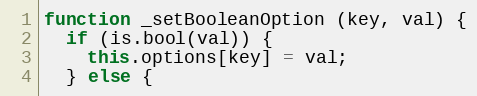
Language: JavaScript
function _setBooleanOption (key, val) {
  if (is.bool(val)) {
    this.options[key] = val;
  } else {